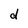
Character: d